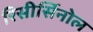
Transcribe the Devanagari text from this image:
रिसीर्सिनोल